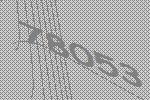
78053